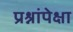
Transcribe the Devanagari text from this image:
प्रश्नांपेक्षा